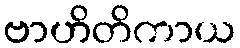
ဗာဟိတိကာယ